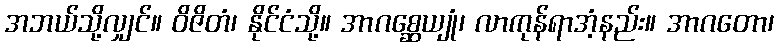
အဘယ်သို့လျှင်။ ဝိဇိတံ၊ နိုင်ငံသို့။ အာဂစ္ဆေယျုံ၊ လာကုန်ရာအံ့နည်း။ အာဂတော၊